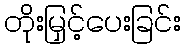
တိုးမြှင့်ပေးခြင်း